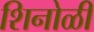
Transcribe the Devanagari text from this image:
शिनोळी